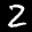
Label: 2